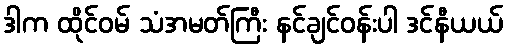
ဒါက ထိုင်ဝမ် သံအမတ်ကြီး နင်ချင်ဝန်းပါ ဒင်နီယယ်